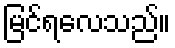
မြင်ရလေသည်။